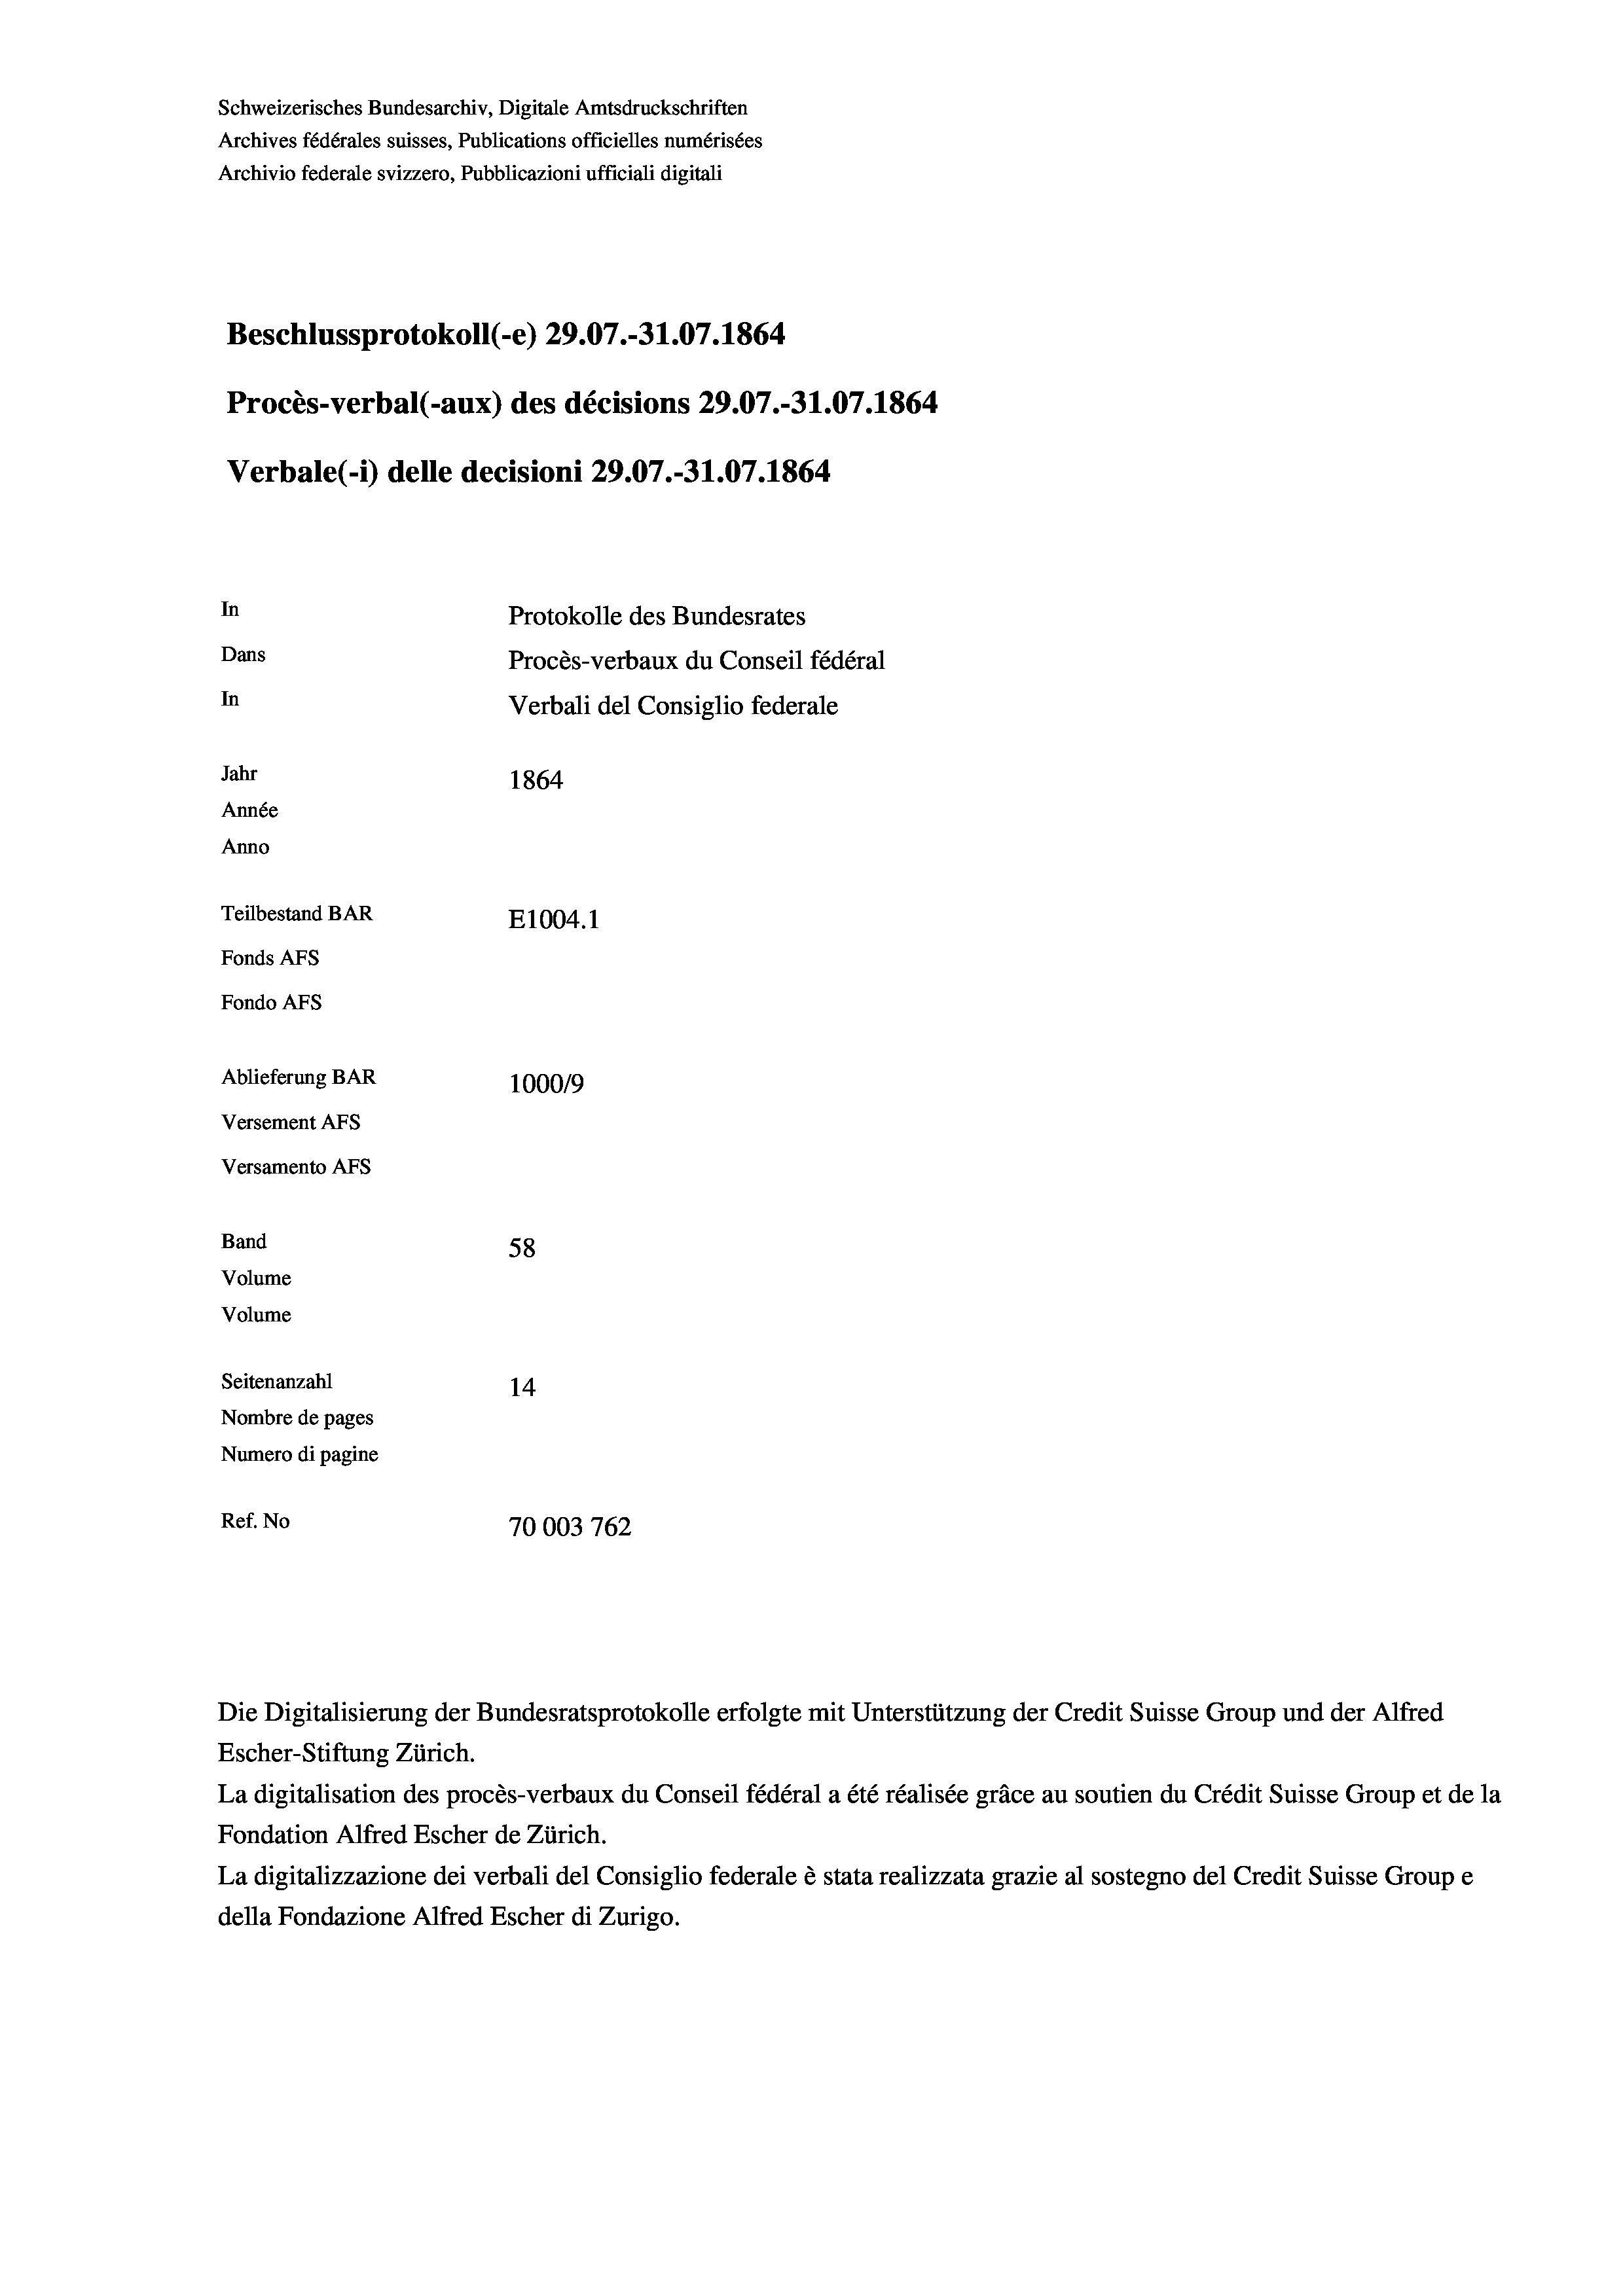
Schweizerisches Bundesarchiv, Digitale Amtsdruckschriften
Archives fédérales suisses, Publications officielles numérisées
Archivio federale svizzero, Pubblicazioni ufficiali digitali
Beschlussprotokoll (-e) 29.07.-31.07. 1864
Procès-verbal (-aux) des décisions 29.07.-31.07. 1864
Verbale (i) delle decisioni 29.07.-31.07. 1864
In
Protokolle des Bundesrates
Dans
Procès-verbaux du Conseil fédéral
In
Verbali del Consiglio federale
Jahr
1864
Année
Anno
Teilbestand BAR
E1004.1
Fonds AFs
Fondo AFs
Ablieferung BAR
100019
Versement AFs
Versamento AFS
Band
58
Volume
Volume
Seitenanzahl
14
Nombre de pages
Numero di pagine
Ref. No
70003 762

Escher-Stiftung Zürich.
La digitalisation des procès-verbaux du Conseil fédéral a été réalisée gräce au soutien du Crédit Suisse Group et de la
Fondation Alfred Escher de Zürich.
La digitalizzazione dei verbali del Consiglio federale è stata realizzata grazie al sostegno del Credit Suisse Groupe
della Fondazione Alfred Escher di Zurigo.

Die Digitalisierung der Bundesratsprotokolle erfolgte mit Unterstützung der Credit Suisse Group und der Alfred